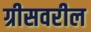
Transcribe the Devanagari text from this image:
ग्रीसवरील